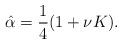
LaTeX: \begin{align*}\hat{\alpha}=\frac{1}{4}(1+\nu K).\end{align*}